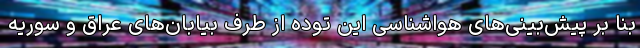
بنا بر پیش‌بینی‌های هواشناسی این توده از طرف بیابان‌های عراق و سوریه